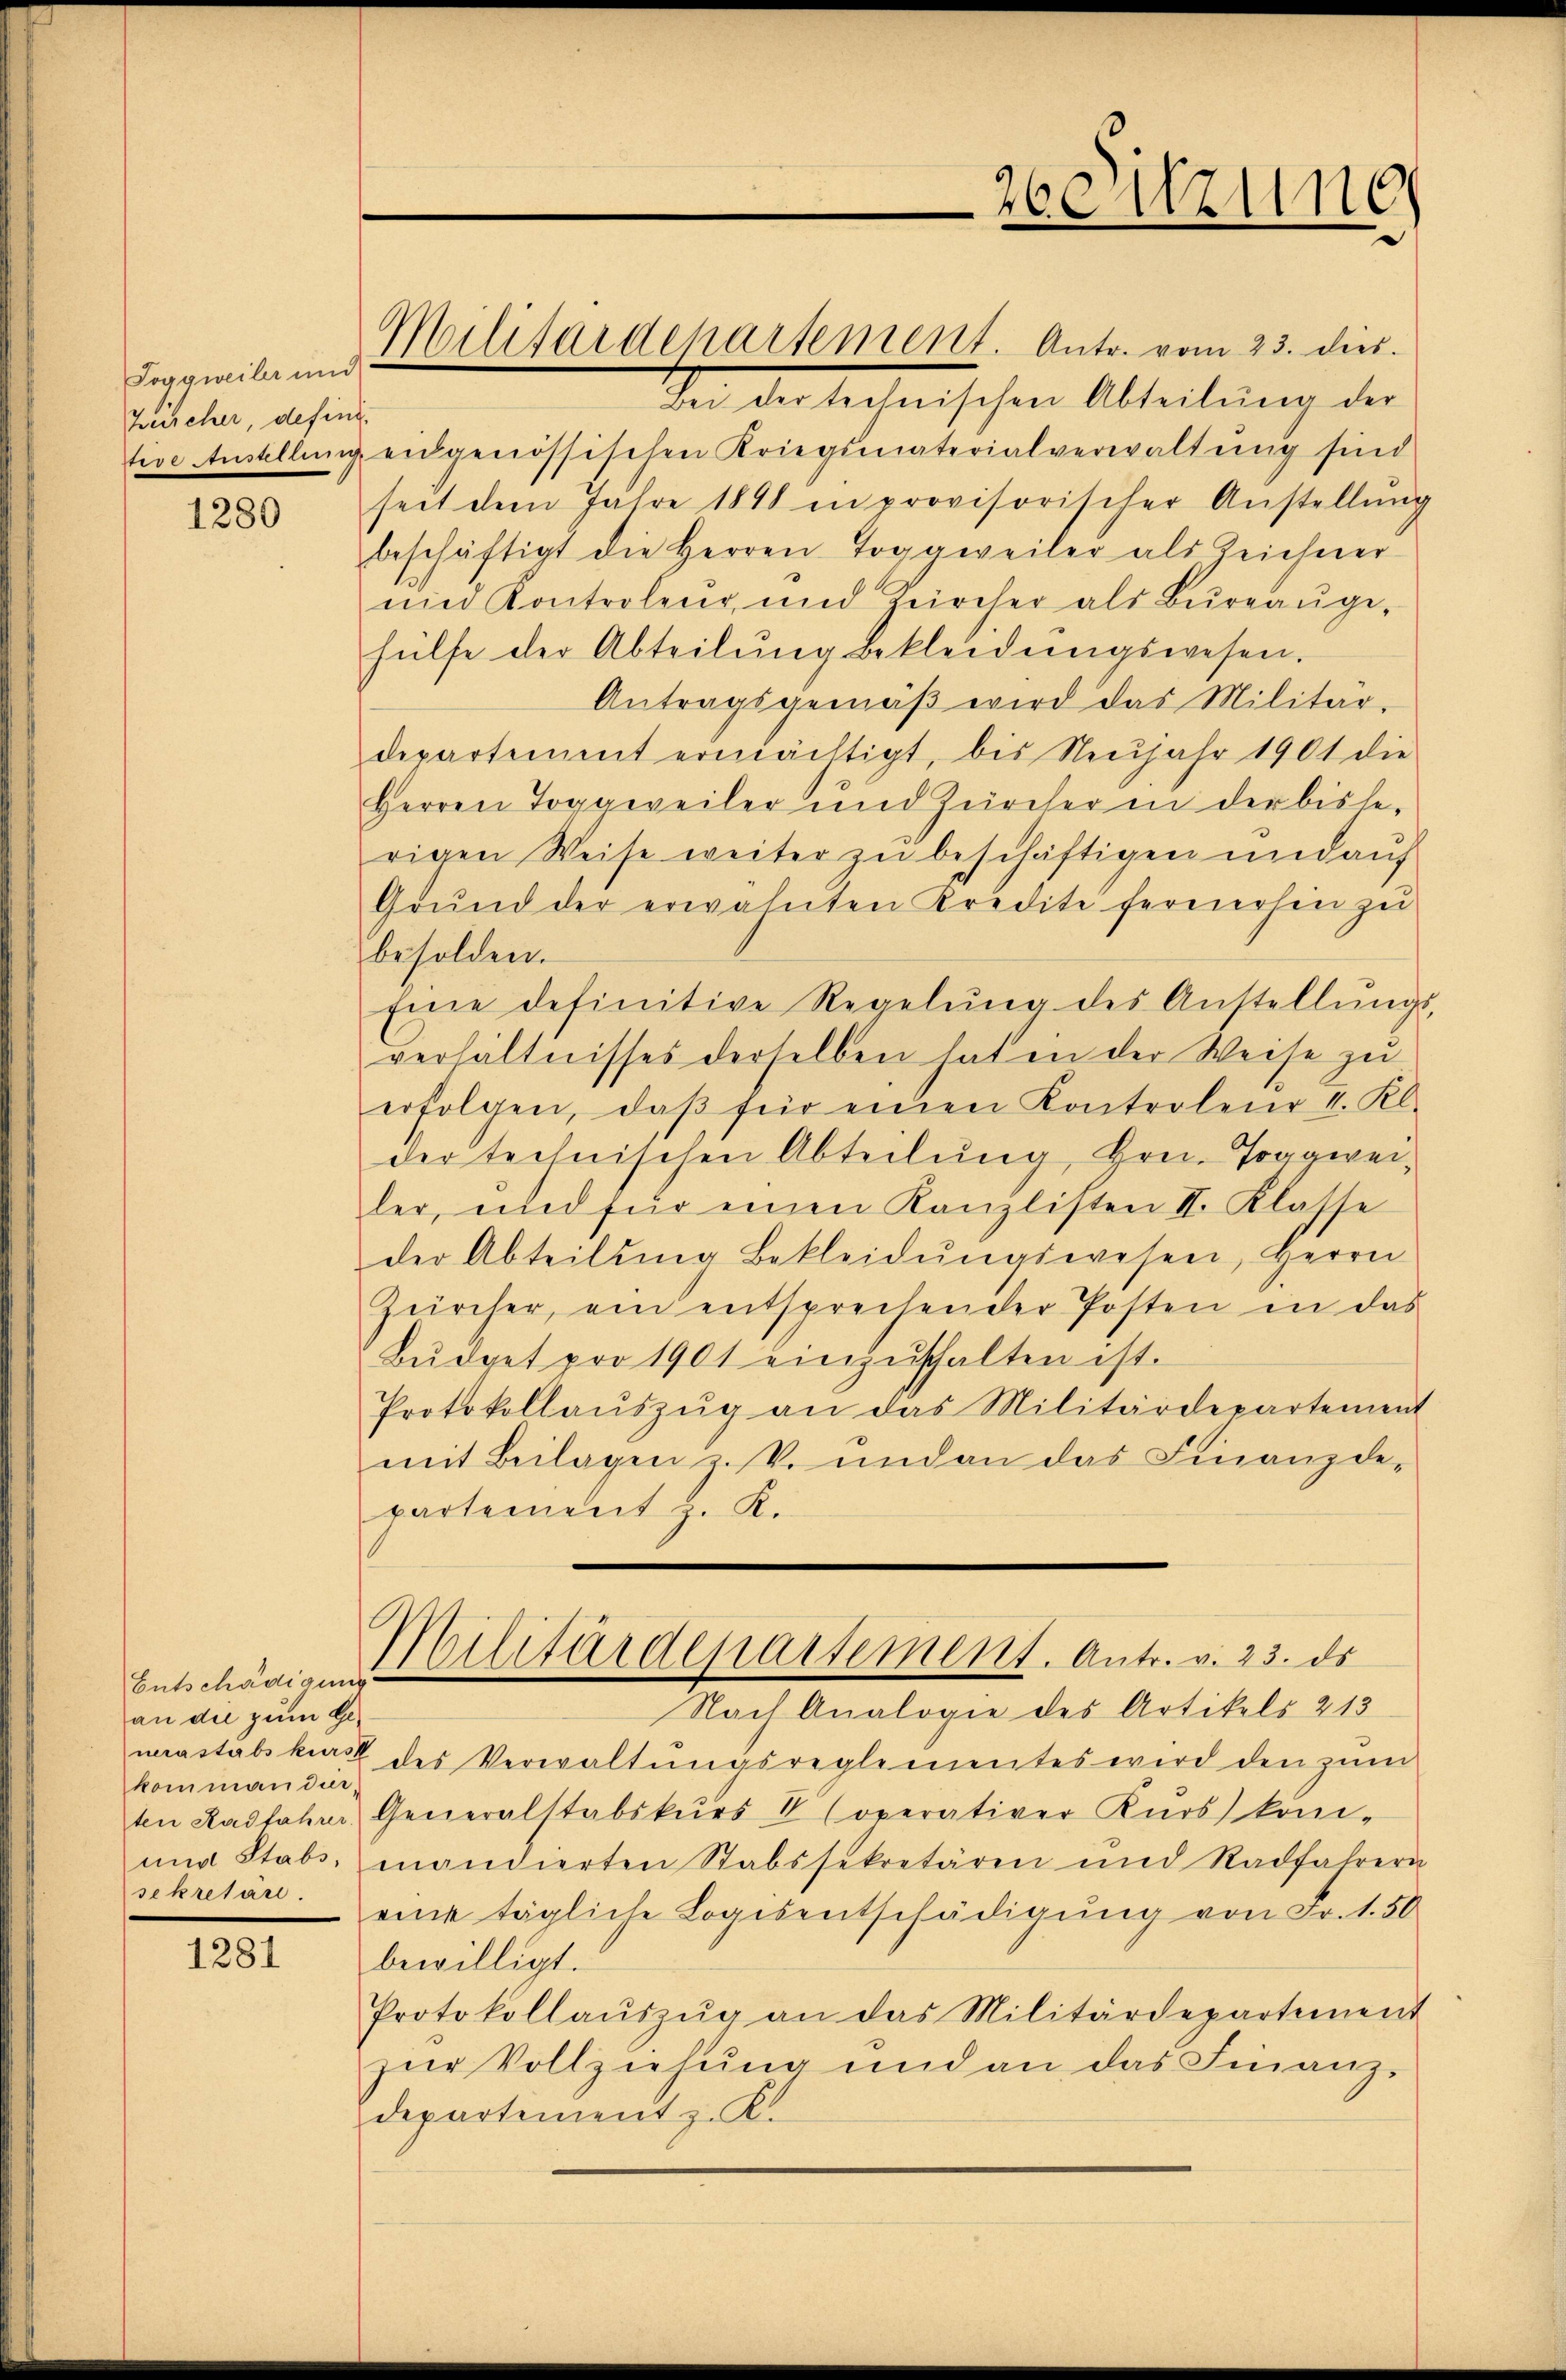
Toggweiler und
Zeicher, defini
tive Austellenig

1280

Entschädigung
an die zum Gekommandier
und Stabs,
sekretäre.

1281

Militärdepartement. Antr. vom 23. dies

Von der technischen Abteilŭng der
eidgenössischen Kriegsmaterialverwaltung sind
seit dem Jahre 1898 in provisorischer Anstellung
beschäftigt die Herren Toggweiler als Zeichner
und Kontroleur und Zürcher als Büreaŭge-
hülfe der Abteilung bekleidungswesen.
Antragsgemäβ wird das Militär-
departement ermächtigt, bis Neujahr 1901 die
Herren Toggweiler und Zürcher in der bishe-
rigen Weise weiter zu beschäftigen und auf
Grŭnd der erwähnten Kredite fernerhin zu
besolden.
Eine definitive Regelŭng des Anstellŭngs-
verhältnisses derselben hat in der Weise zu
erfolgen, daβ für einen Kontroleur I. Kl.
der technischen Abteilung, Hrn. Toggweiler, und für einen Kanzlisten II. Klasse
der Abteilŭng bekleidŭngswesen, Herrn
Zürcher, ein entsprechender Posten in das
Bŭdget pro 1901 einzŭschalten ist.
Protokollaŭszŭg an das Militärdepartement
mit Beilagen z.B. und an das Finanzde-
partement z. K.
Militärdepartement. Antr. v. 23. ds
Nach Analogie des Artikels 213
uerastabskurse des Verwaltungsreglementes wird den zum
ten Radfahrer Generalstabskŭrs V Coperativer Kŭrs kom-
mandierten Stabssekretären und Radfahrern
eine tägliche Logis entschädigung von Fr. 1.50
bewilligt.
Protokollaŭszŭg an das Militärdepartement
zŭr Vollziehung und an das Finanz-
departement z. K.

26012110